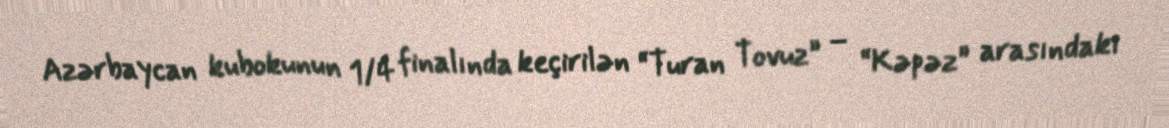
Azərbaycan kubokunun 1/4 finalında keçirilən “Turan Tovuz” – “Kəpəz” arasındakı